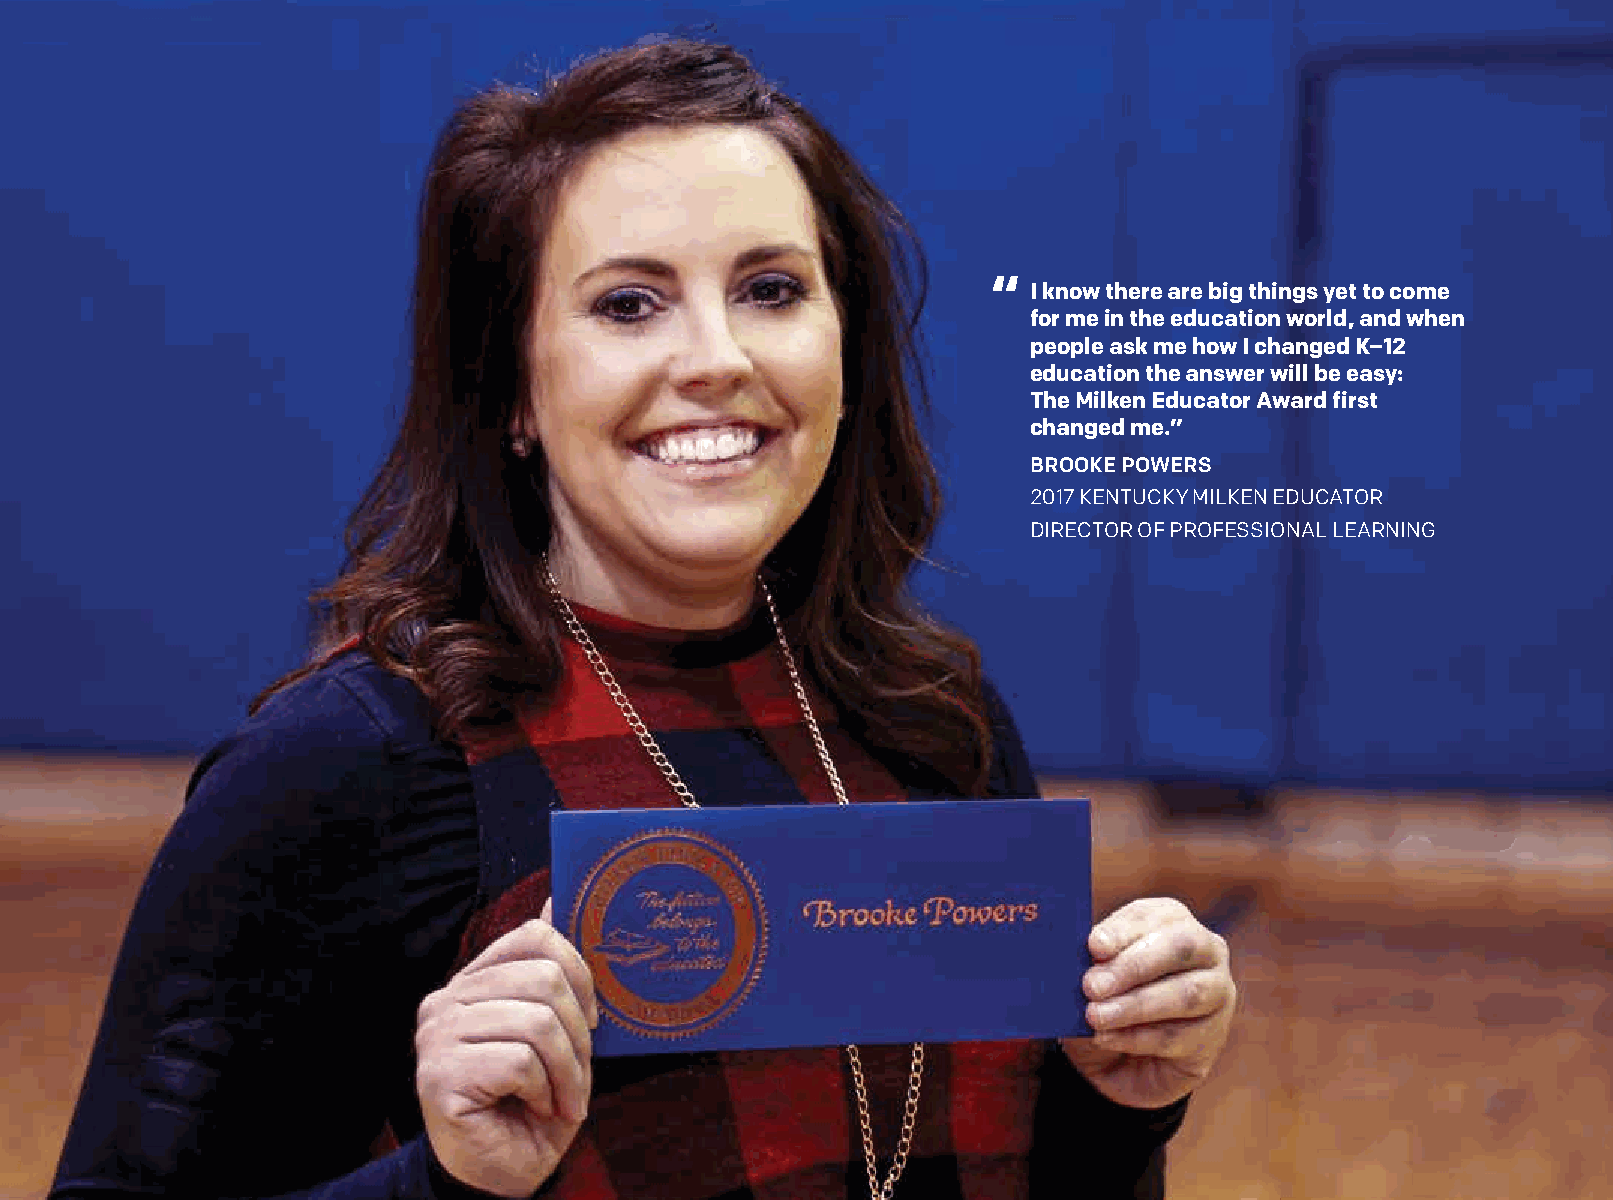
“
 I know there are big things yet to come
 for me in the education world, and when
 people ask me how I changed K–12
 education the answer will be easy:
 The Milken Educator Award first
 changed me.”
 BROOKE POWERS
 2017 KENTUCKY MILKEN EDUCATOR
 DIRECTOR OF PROFESSIONAL LEARNING